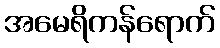
အမေရိကန်ရောက်